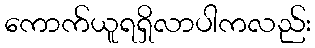
ကောက်ယူရရှိလာပါကလည်း